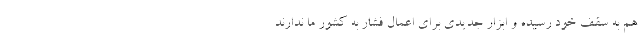
هم به سقف خود رسیده و ابزار جدیدی برای اعمال فشار به کشور ما ندارند